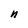
Character: n